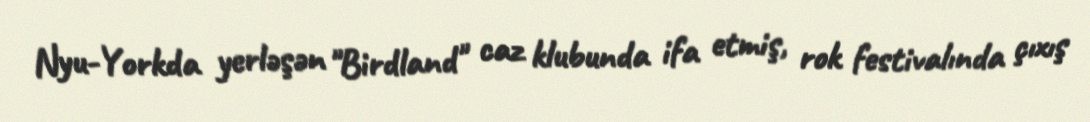
Nyu-Yorkda yerləşən "Birdland" caz klubunda ifa etmiş, rok festivalında çıxış